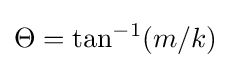
\Theta =\tan ^{-1}(m/k)